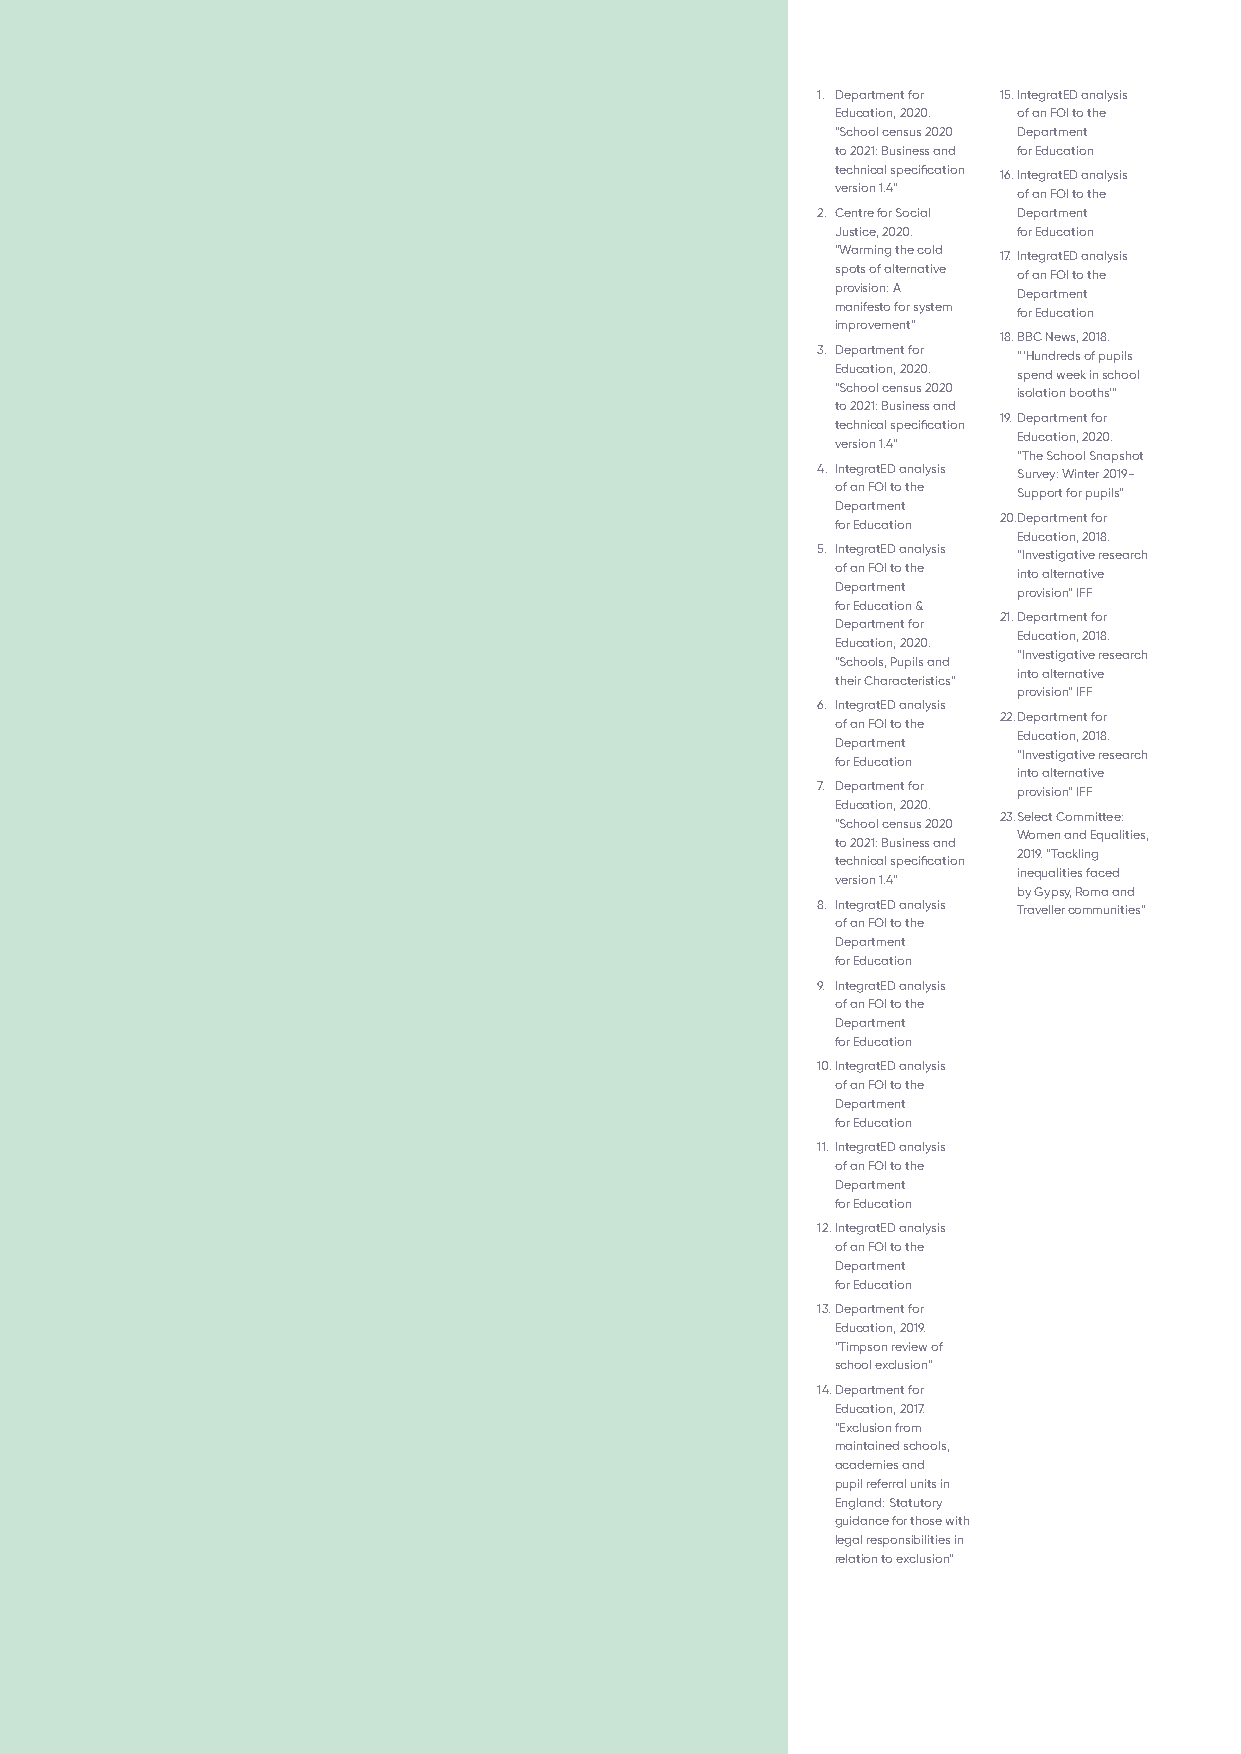
1. Department for 15. IntegratED analysis
 Education, 2020. of an FOI to the
 “School census 2020 Department
 to 2021: Business and for Education
 technical specification 16. IntegratED analysis
 version 1.4” of an FOI to the
 2. Centre for Social Department
 Justice, 2020. for Education
 “Warming the cold 17. IntegratED analysis
 spots of alternative of an FOI to the
 provision: A Department
 manifesto for system for Education
 improvement”
 18. BBC News, 2018.
 3. Department for “‘Hundreds of pupils
 Education, 2020. spend week in school
 “School census 2020 isolation booths’”
 to 2021: Business and
 19. Department for
 technical specification
 Education, 2020.
 version 1.4”
 “The School Snapshot
 4. IntegratED analysis Survey: Winter 2019-
 of an FOI to the Support for pupils”
 Department
 20. Department for
 for Education
 Education, 2018.
 5. IntegratED analysis “Investigative research
 of an FOI to the into alternative
 Department  provision” IFF
 for Education &
 21. Department for
 Department for
 Education, 2018.
 Education, 2020.
 “Investigative research
 “Schools, Pupils and
 into alternative
 their Characteristics”
 provision” IFF
 6. IntegratED analysis
 22. Department for
 of an FOI to the
 Education, 2018.
 Department
 “Investigative research
 for Education
 into alternative
 7. Department for provision” IFF
 Education, 2020.
 23. Select Committee:
 “School census 2020
 Women and Equalities,
 to 2021: Business and
 2019. “Tackling
 technical specification
 inequalities faced
 version 1.4”
 by Gypsy, Roma and
 8. IntegratED analysis Traveller communities”
 of an FOI to the
 Department
 for Education
 9. IntegratED analysis
 of an FOI to the
 Department
 for Education
 10. IntegratED analysis
 of an FOI to the
 Department
 for Education
 11. IntegratED analysis
 of an FOI to the
 Department
 for Education
 12. IntegratED analysis
 of an FOI to the
 Department
 for Education
 13. Department for
 Education, 2019.
 “Timpson review of
 school exclusion”
 14. Department for
 Education, 2017.
 “Exclusion from
 maintained schools,
 academies and
 pupil referral units in
 England: Statutory
 guidance for those with
 legal responsibilities in
 relation to exclusion”
 35 IntegratED